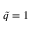
\tilde { q } = 1